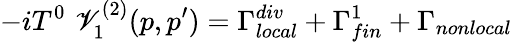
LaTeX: -iT^{0}\, \, \mathscr{V}_{1}^{(2)}(p,p^{\prime})=\Gamma_{local}^{div}+\Gamma_{fin}^{1}+\Gamma_{nonlocal}